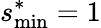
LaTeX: s_{\mathrm{min}}^{*}=1